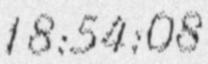
18:54:08